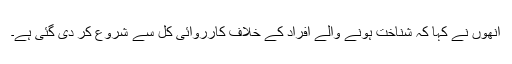
انھوں نے کہا کہ شناخت ہونے والے افراد کے خلاف کارروائی کل سے شروع کر دی گئی ہے۔